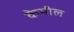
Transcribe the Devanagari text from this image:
केमील